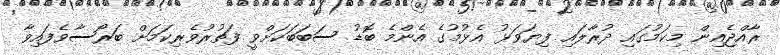
ރާއްޖެއިން މިކަމުގައި ދުރާލައި ފިޔަވަޅު އެޅުމުގެ އެންމެ ބޮޑު ސަބަބަކަށްވީ ފަތުރުވެރިކަމަށް ބަރޯސާވެފައިވާ